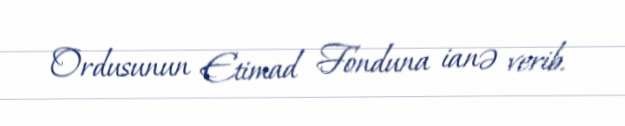
Ordusunun Etimad Fonduna ianə verib.